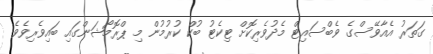
ގަތަރު އެއާވޭސްގެ ވެބްސައިޓް މެދުވެރިކޮށް ޓިކެޓު ބުކް ކުރުމުން މި ޕްރޮމޯޝަންގައި ބައިވެރިވެވެ